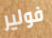
فولير